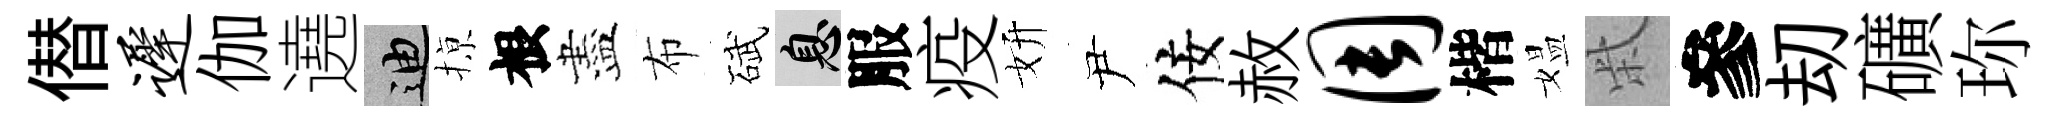
僣迟伽遶迪𢱊根盡布碔息服疫妍尹佞赦周楷媪柴參刧礦珎